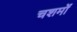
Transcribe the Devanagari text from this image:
चशमों